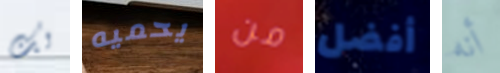
لك يحميه من أفضل أنه